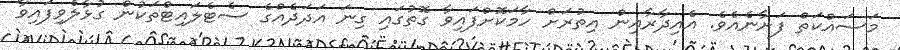
މަސައްކަތް ފަށާނެއެވެ. އެއިދާރާއިން އިތުރަށް ހާމަކޮށްފައިވާ ގޮތުގައި ގިނަ އަދަދެއްގެ ސެޓެލައިޓްތަކުން ގުޅާލެވިފައިވާ